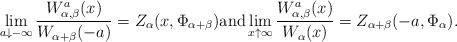
LaTeX: \begin{align*}\lim_{a\downarrow -\infty} \frac{W_{\alpha,\beta}^a(x)}{W_{\alpha+\beta}(-a)}= Z_{\alpha}(x,\Phi_{\alpha+\beta}) \textrm{and} \lim_{x\uparrow \infty}\frac{W_{\alpha,\beta}^a(x)}{W_{\alpha}(x)}=Z_{\alpha+\beta}(-a,\Phi_{\alpha}).\end{align*}